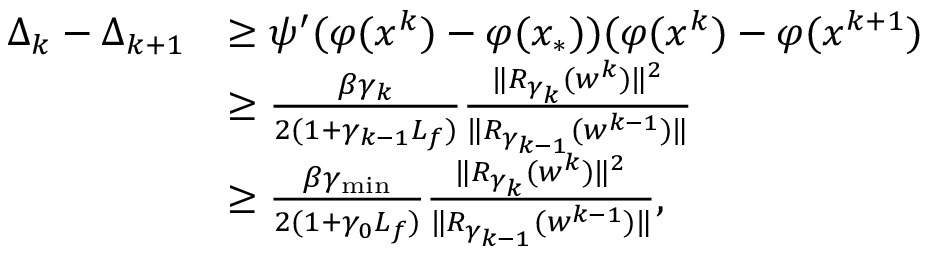
\begin{array} { r l } { \Delta _ { k } - \Delta _ { k + 1 } } & { \ge \psi ^ { \prime } ( \varphi ( x ^ { k } ) - \varphi ( x _ { * } ) ) ( \varphi ( x ^ { k } ) - \varphi ( x ^ { k + 1 } ) } \\ & { \ge \frac { \beta \gamma _ { k } } { 2 ( 1 + \gamma _ { k - 1 } L _ { f } ) } \frac { \| R _ { \gamma _ { k } } ( w ^ { k } ) \| ^ { 2 } } { \| R _ { \gamma _ { k - 1 } } ( w ^ { k - 1 } ) \| } } \\ & { \ge \frac { \beta \gamma _ { \mathrm { m i n } } } { 2 ( 1 + \gamma _ { 0 } L _ { f } ) } \frac { \| R _ { \gamma _ { k } } ( w ^ { k } ) \| ^ { 2 } } { \| R _ { \gamma _ { k - 1 } } ( w ^ { k - 1 } ) \| } , } \end{array}